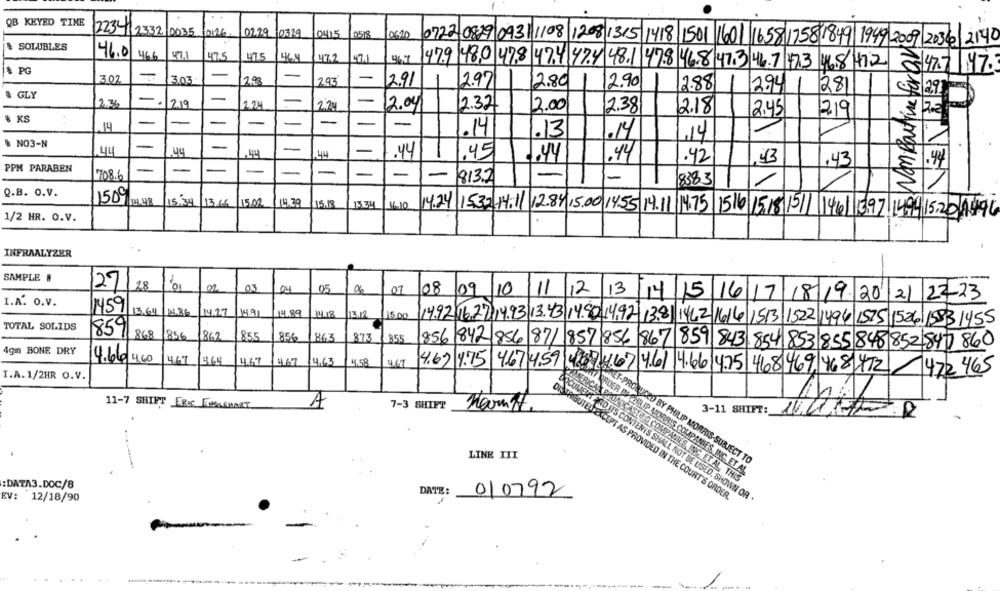
QB KEYED TINE
223412332/0035 0126.
02.29 10319
0415
10620
Non Routine for an
SOLUBLES
0722 0829 093/ 1/08 1208 1315 1418 1501 1601 1658 1758 1849 1949 2009 2036 2140
46.0
46.0 466
97.1
47.5
475
47.2
471
& PG
479 480 478 41 4 474 481 478 46.8 47 3 46 7 473 468412
8477 47.3
-
302
3.03
-
298
293
-
2.91
2.97
2.80
2.90
12.88
2.94
281
29
& GLY
-
2.36
-
1219
2.24
-
-
12.04
2.321
2.00
2.38
2.18
2.45
% KS
29
-
-
-
-
-
-
-
-
.14
.13
.14
14
$ NO3-N
-
-
-
.44
1.44
.45
.44
.44
.42
13
.43
.4
PPM PARABEN
-
-
-
708.6
-
-
-
8137
8383
Q.B. O.V.
1500
15.34
13.66
15.02
14.39
115.18
1334
16.10
1/2 HR. O.V.
14.24/15.32 14.11 12.84,5.00 14.55 14.11 14.75 1516 15.18/15/ 146 397 1494 15.20 1490
INFRAALYZER
SAMPLE #
27
03
05
0%
07
08/09 10
111
12
13/14/15 16 17 18 19 20 21 22-23
I.A. O.V.
1459
13.64
14.17
14/18
12.12
115.00
14.92.16.27 14.93/13.43 14.80 14.92- 13.8) 1442 1616 1513 1522 1496 1575 1526) 15531455
TOTAL SOLIDS
859
868
1856
1862
855
856
863
873
855
856 842 856 87/ 857 856 867 859 843 854 853 855 848 852 847 860
4gm BONE DRY
4.66 4.60
4.67
464
467 467
14,63
4.58
467
4.67 4.75
4.67 4.59 4.7 4.67 4.61 4.66 4.75 468469. 468/412
I.A.1/2HR O.V.
472 465
MERICA
11-7 SHIFT FRIC ENGLEMART
A
7-3 SHIFT
3-11 SHIFT:
LINE III
BY PHILIP MORRIS-SUBJECT TO
RDER IIPHR IP MORRIS COMPANIES, INC. ET AL
ADCASTNO COMPANIES, INC. ET AL, THIS
:DATA3.DOC/8
DATE:
EV:
010792
PT AS PROVIDED IN THE COURT'S ORDER.
12/18/90
DOCUMENT AND ITS CONTENTS SHALL NOT BE USED, SHOWN OR.